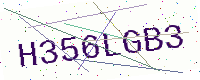
Text: H356LGB3